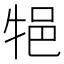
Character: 𤙝